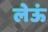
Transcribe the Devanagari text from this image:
लेऊं